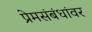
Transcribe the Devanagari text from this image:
प्रेमसंबंधांवर